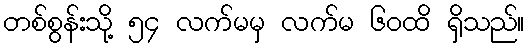
တစ်စွန်းသို့ ၅၄ လက်မမှ လက်မ ၆၀ထိ ရှိသည်။